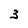
Character: 3